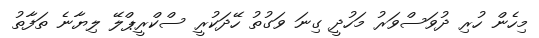
މިހެން ހުރި ދުވަސްވަރު މަހުދީ ގިނަ ވަގުތު ހޭދަކުރީ ސްކްރީޕްލޭ ލިޔާނެ ތަފާތު